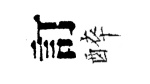
訂醉